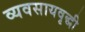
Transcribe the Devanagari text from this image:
व्यवसायवृद्धी